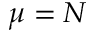
\mu = N